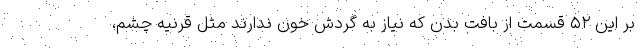
بر این ۵۲ قسمت از بافت بدن که نیاز به گردش خون ندارند مثل قرنیه چشم،